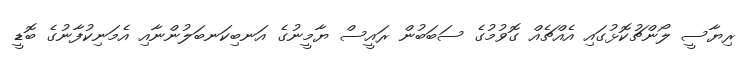
ރިޔާސީ ލޯންޗުކޮޅުގައި އެއްޗެއް ގޮވުމުގެ ސަބަބުން ރައީސް ޔާމީނުގެ އަނބިކަނބަލުންނާއި އެމަނިކުފާނުގެ ބޮޑީ